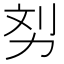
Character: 𠡖